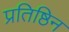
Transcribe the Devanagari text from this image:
प्रतिष्ठिन